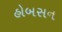
હોબસન